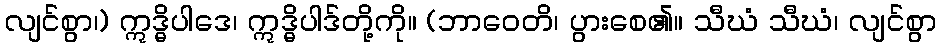
လျင်စွာ၊) ဣဒ္ဓိပါဒေ၊ ဣဒ္ဓိပါဒ်တို့ကို။ (ဘာဝေတိ၊ ပွားစေ၏။ သီဃံ သီဃံ၊ လျင်စွာ